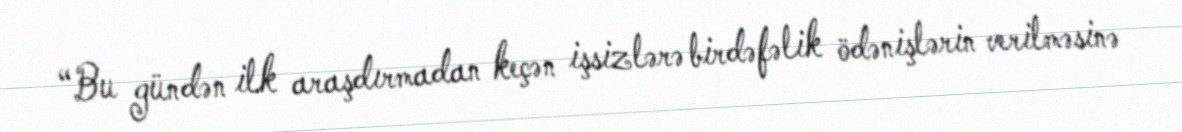
“Bu gündən ilk araşdırmadan keçən işsizlərə birdəfəlik ödənişlərin verilməsinə